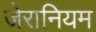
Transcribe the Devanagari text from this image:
जेरानियम